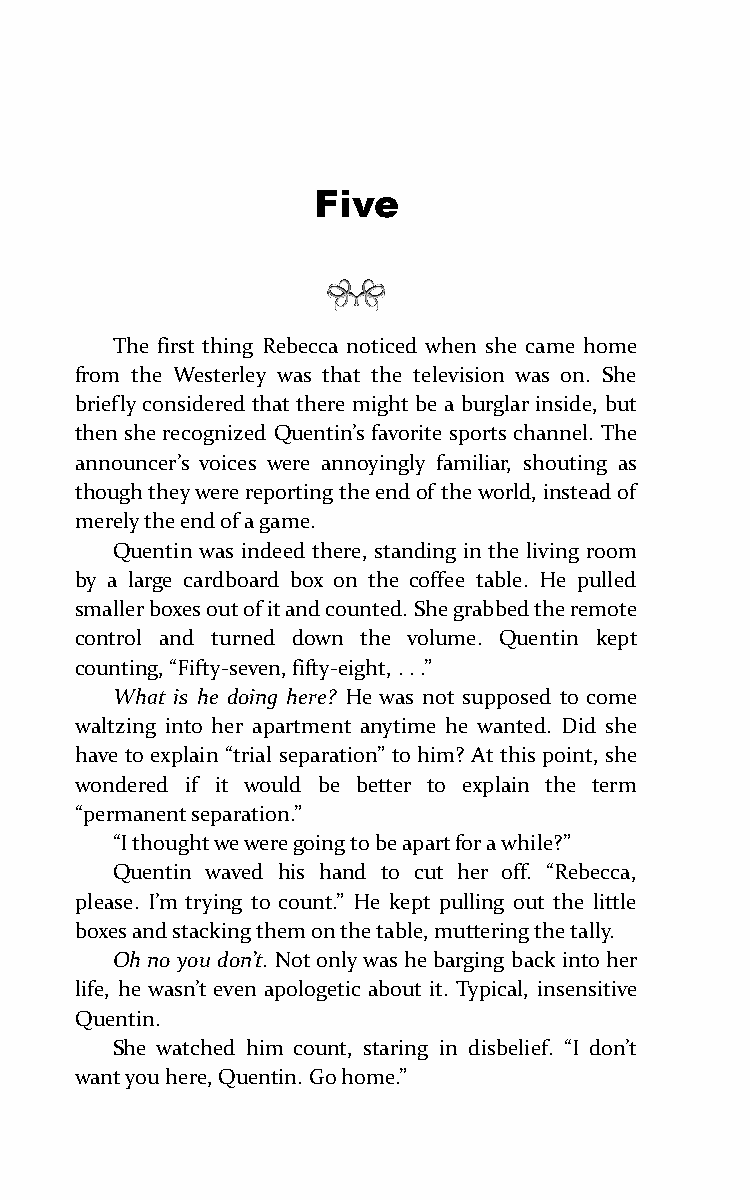
Five
 The first thing Rebecca noticed when she came home
 from the Westerley was that the television was on. She
 briefly considered that there might be a burglar inside, but
 then she recognized Quentin’s favorite sports channel. The
 announcer’s voices were annoyingly familiar, shouting as
 though they were reporting the end of the world, instead of
 merely the end of a game.
 Quentin was indeed there, standing in the living room
 by a large cardboard box on the coffee table. He pulled
 smaller boxes out of it and counted. She grabbed the remote
 control and turned down the volume. Quentin kept
 counting, “Fifty-seven, fifty-eight, . . .”
 What is he doing here? He was not supposed to come
 waltzing into her apartment anytime he wanted. Did she
 have to explain “trial separation” to him? At this point, she
 wondered if it would be better to explain the term
 “permanent separation.”
 “I thought we were going to be apart for a while?”
 Quentin waved his hand to cut her off. “Rebecca,
 please. I’m trying to count.” He kept pulling out the little
 boxes and stacking them on the table, muttering the tally.
 Oh no you don’t. Not only was he barging back into her
 life, he wasn’t even apologetic about it. Typical, insensitive
 Quentin.
 She watched him count, staring in disbelief. “I don’t
 want you here, Quentin. Go home.”